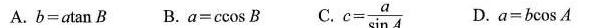
A.b=a\tan B B.a=c\cos B C.c=\frac{a} {\sin A} D.a=b\cos A